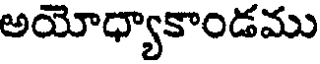
అయోధ్యాకాండము